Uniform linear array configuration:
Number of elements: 12
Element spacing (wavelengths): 0.5
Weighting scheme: kaiser
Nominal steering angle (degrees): -30
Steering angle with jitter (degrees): -29.515
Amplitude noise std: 0.05
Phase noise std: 0.05

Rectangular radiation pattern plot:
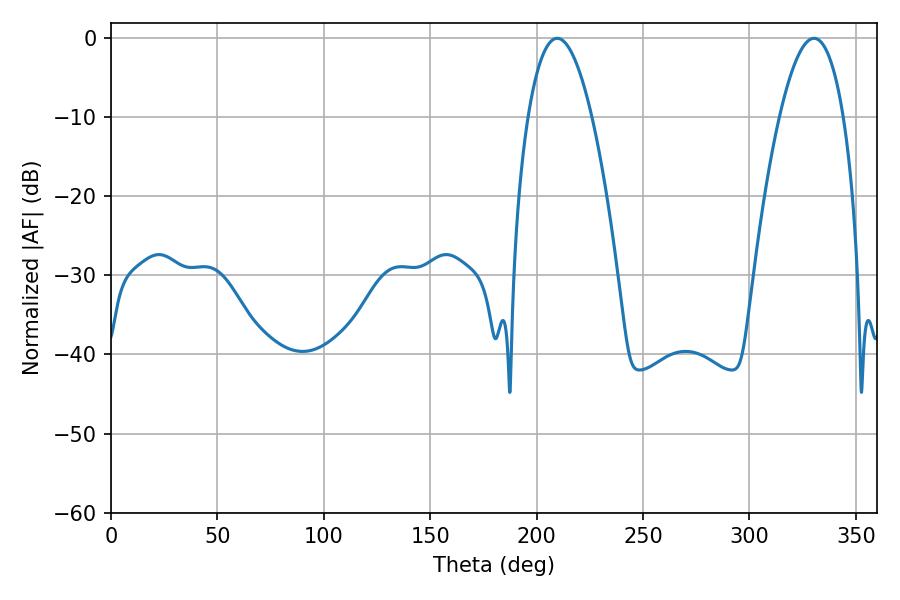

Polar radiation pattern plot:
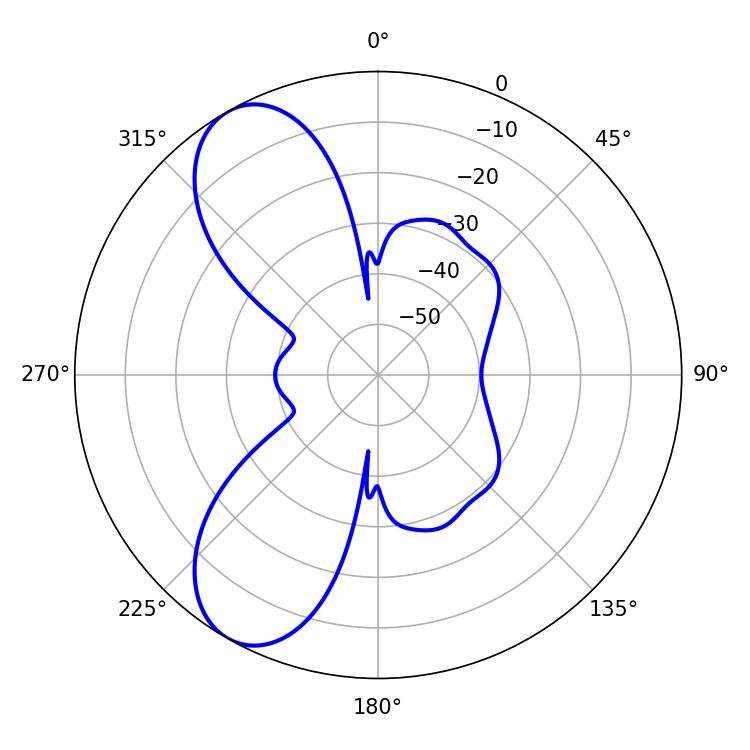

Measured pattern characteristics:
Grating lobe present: FALSE
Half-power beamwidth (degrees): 16.56
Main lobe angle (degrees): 209.7